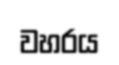
වහරය